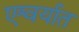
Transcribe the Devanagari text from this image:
एश्वर्यात